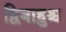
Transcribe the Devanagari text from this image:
द्विबाहुश्च